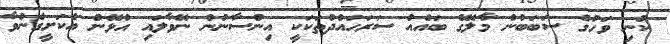
ކުނި ވަހުގެ ސަބަބުން މާލޭގެ ބައެއް ސަރަހައްދުތަކަކީ އިންސާނުން ނޭވާލައި އުޅޭން އެކަށީގެންވާ